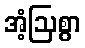
အံ့ဩစွာ